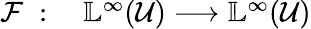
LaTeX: \begin{array}{rl}{\mathcal{F}\; :\; }&{{}\mathbb{L}^{\infty}(\mathcal{U})\longrightarrow\mathbb{L}^{\infty}(\mathcal{U})}\end{array}